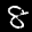
Label: 8